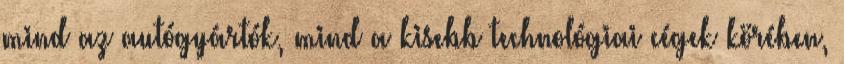
mind az autógyártók, mind a kisebb technológiai cégek körében,